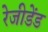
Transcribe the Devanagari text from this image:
रेजीडेंड